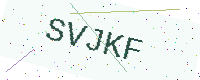
Text: SVJKF